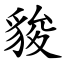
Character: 䝜